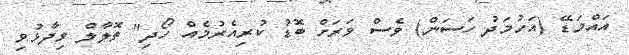
އައްމަޑޭ (އަހުމަދު ހަސަން) ވެސް ވަރަށް ބޮޑު ކުރިއެރުމެއް ހޯދި" ތޮލާލް ވިދާޅުވި